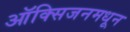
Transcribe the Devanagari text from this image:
ऑक्सिजनमधून